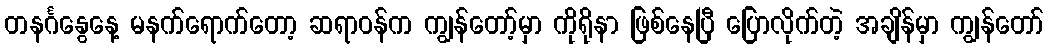
တနင်္ဂနွေနေ့ မနက်ရောက်တော့ ဆရာဝန်က ကျွန်တော့်မှာ ကိုရိုနာ ဖြစ်နေပြီ ပြောလိုက်တဲ့ အချိန်မှာ ကျွန်တော်